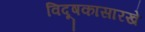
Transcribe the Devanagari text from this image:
विदूषकासारखे